Lunatic asylums Central Provinces reports 1874-1885 - 1874-1885
Year: 1874
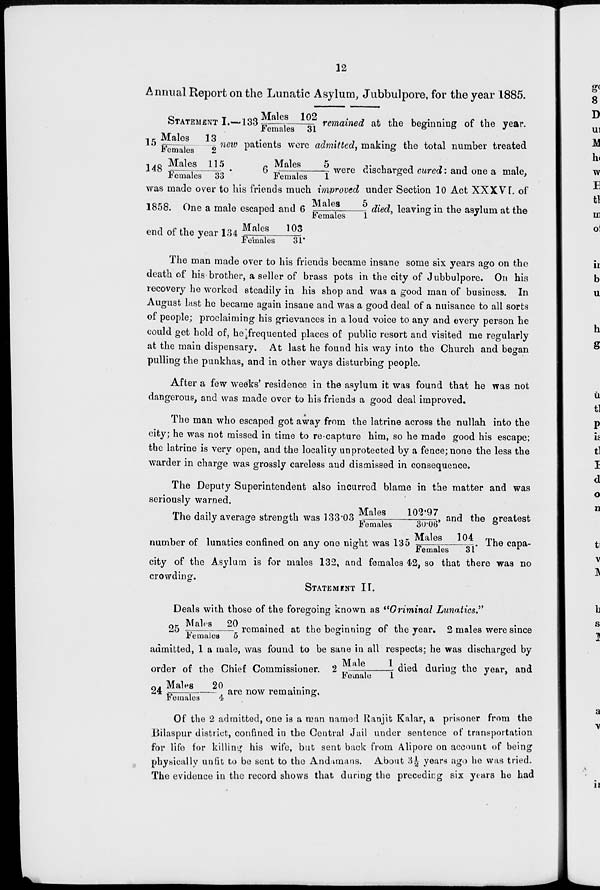
12
Annual Report on the Lunatic Asylum, Jubbulpore, for the year 1885.
STATEMETN I.—133 Males 102/Females 31remained at the beginning of the year.
15 Males 13/Females 2 new patients were admitted, making the total number treated
148 Males 115/Females 33. 6 Males 5/Females 1 were discharged cured: and one a male,
was made over to his friends much improved under Section 10 Act XXXVI. of
1858. One a male escaped and 6 Males 5/Females 1 died, leaving in the asylum at the
end of the year 134 Males 103/Females 31.
The man made over to his friends became insane some six years ago on the
death of his brother, a seller of brass pots in the city of Jubbulpore. On his
recovery he worked steadily in his shop and was a good man of business. In
August last he became again insane and was a good deal of a nuisance to all sorts
of people; proclaiming his grievances in a loud voice to any and every person he
could get hold of, he frequented places of public resort and visited me regularly
at the main dispensary. At last he found his way into the Church and began
pulling the punkhas, and in other ways disturbing people.
After a few weeks' residence in the asylum it was found that he was not
dangerous, and was made over to his friends a good deal improved.
The man who escaped got away from the latrine across the nullah into the
city; he was not missed in time to re-capture him, so he made good his escape;
the latrine is very open, and the locality unprotected by a fence; none the less the
warder in charge was grossly careless and dismissed in consequence.
The Deputy Superintendent also incurred blame in the matter and was
seriously warned.
The daily average strength was 133.03 Males 102.97/Females 30.03 and the greatest
number of lunatics confined on any one night was 135 Males 104/Females 31. The capa-
city of the Asylum is for males 132, and females 42, so that there was no
crowding.
STATEMENT II.
Deals with those of the foregoing known as "Criminal Lunatics."
25 Males 20/Females 5 remained at the beginning of the year. 2 males were since
admitted, 1 a male, was found to be sane in all respects; he was discharged by
order of the Chief Commissioner. 2 Males 1/Females 1 died during the year, and
24 Males 20/Females 4 are now remaining.
Of the 2 admitted, one is a man named Ranjit Kalar, a prisoner from the
Bilaspur district, confined in the Central Jail under sentence of transportation
for life for killing his wife, but sent back from Alipore on account of being
physically unfit to be sent to the Andamans. About 3½ years ago he was tried.
The evidence in the record shows that during the preceding six years he had